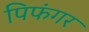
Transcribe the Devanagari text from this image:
पिफंगर